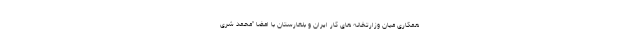
همکاری میان وزارتخانه های کار ایران و بلغارستان با امضا "محمد شری